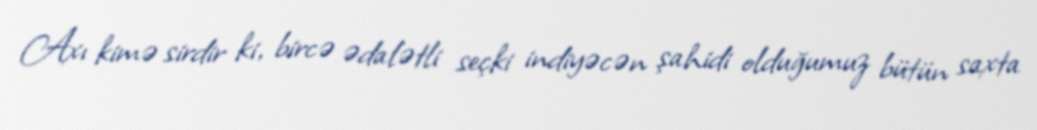
Axı kimə sirdir ki, bircə ədalətli seçki indiyəcən şahidi olduğumuz bütün saxta